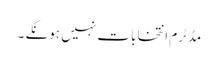
مڈٹرم انتخابات نہیں ہونگے ۔